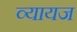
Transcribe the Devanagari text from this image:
व्‍यायज